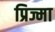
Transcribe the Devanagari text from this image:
प्रिज्मा